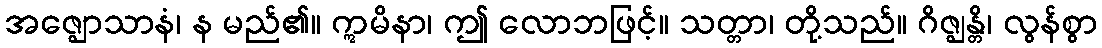
အဇ္ဈောသာနံ၊ န မည်၏။ ဣမိနာ၊ ဤ လောဘဖြင့်။ သတ္တာ၊ တို့သည်။ ဂိဇ္ဈန္တိ၊ လွန်စွာ